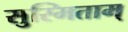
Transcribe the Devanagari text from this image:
सुस्मिताम्